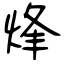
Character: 烽